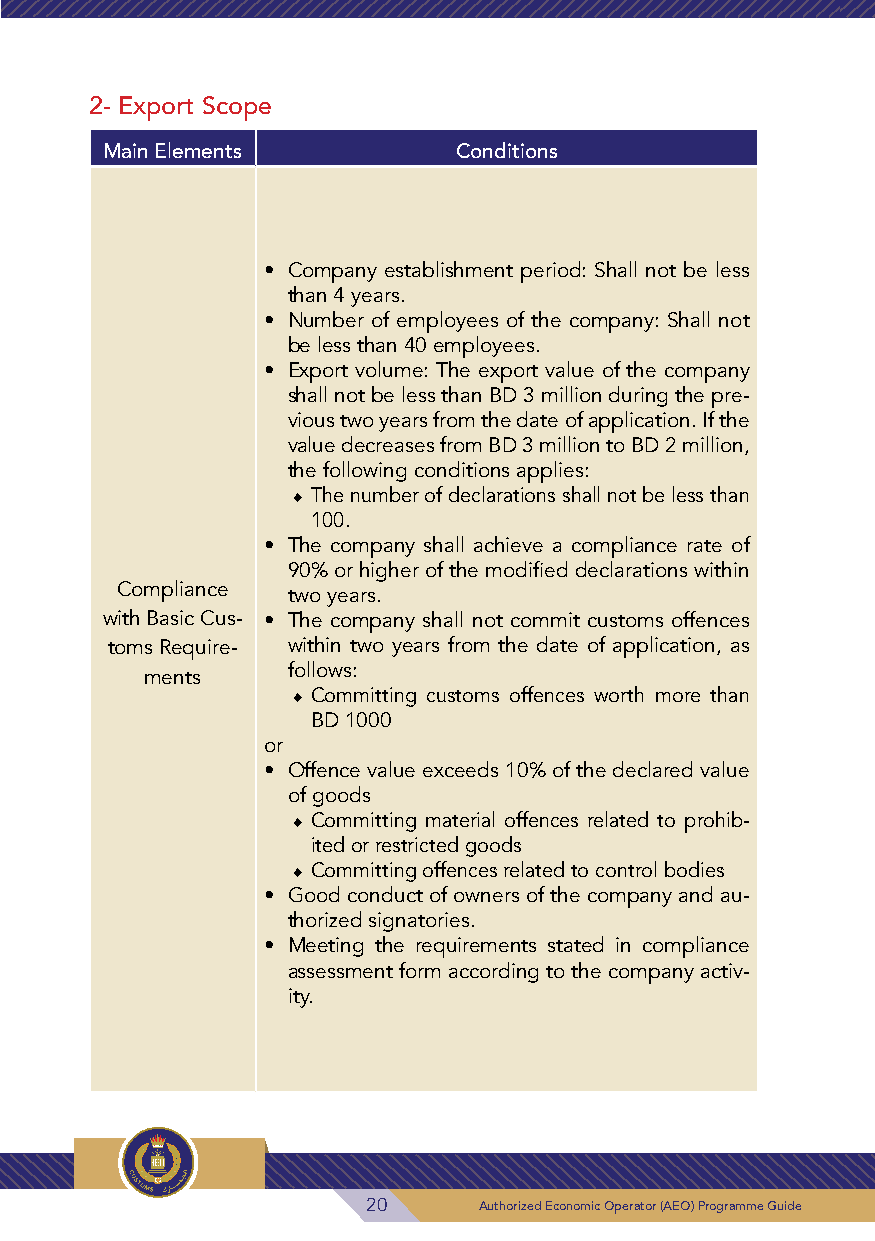
2- Export Scope
 Main Elements          Conditions
 • Company establishment period: Shall not be less
 than 4 years.
 • Number of employees of the company: Shall not
 be less than 40 employees.
 • Export volume: The export value of the company
 shall not be less than BD 3 million during the pre-
 vious two years from the date of application. If the
 value decreases from BD 3 million to BD 2 million,
 the following conditions applies:
 ◆◆The number of declarations shall not be less than
 100.
 • The company shall achieve a compliance rate of
 90% or higher of the modified declarations within
 Compliance two years.
 with Basic Cus- • The company shall not commit customs offences
 toms Require- within two years from the date of application, as
 follows:
 ments
 ◆◆Committing customs offences worth more than
 BD 1000
 or
 • Offence value exceeds 10% of the declared value
 of goods
 ◆◆Committing material offences related to prohib-
 ited or restricted goods
 ◆◆Committing offences related to control bodies
 • Good conduct of owners of the company and au-
 thorized signatories.
 • Meeting the requirements stated in compliance
 assessment form according to the company activ-
 ity.
 20      Authorized Economic Operator (AEO) Programme Guide